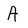
Character: A